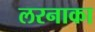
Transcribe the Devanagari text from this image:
लरनाका